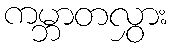
ကမ္ဘာတလွှား